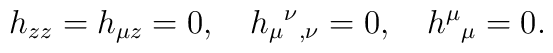
h_{zz}=h_{\mu z}=0, \quad h_{\mu}{}^{\nu}{}_{,\nu}=0, \quad h^{\mu}{}_{\mu}=0.